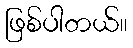
ဖြစ်ပါတယ်။